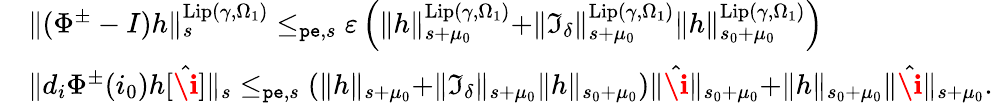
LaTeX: \begin{array}{rl}&{\rVert(\Phi^{\pm}-I)h\rVert_{s}^{\mathrm{Lip}(\gamma,\Omega_{1})}\le_{\mathtt{pe},s}\varepsilon\left(\rVert h\rVert_{s+\mu_{0}}^{\mathrm{Lip}(\gamma,\Omega_{1})}+\rVert\mathfrak{I}_{\delta}\rVert_{s+\mu_{0}}^{\mathrm{Lip}(\gamma,\Omega_{1})}\rVert h\rVert_{s_{0}+\mu_{0}}^{\mathrm{Lip}(\gamma,\Omega_{1})}\right)}\\ &{\rVert d_{i}\Phi^{\pm}(i_{0})h[\hat{\textbf{\i}}]\rVert_{s}\le_{\mathtt{pe},s}\left(\rVert h\rVert_{s+\mu_{0}}+\rVert\mathfrak{I}_{\delta}\rVert_{s+\mu_{0}}\rVert h\rVert_{s_{0}+\mu_{0}}\right)\rVert\hat{\textbf{\i}}\rVert_{s_{0}+\mu_{0}}+\rVert h\rVert_{s_{0}+\mu_{0}}\rVert\hat{\textbf{\i}}\rVert_{s+\mu_{0}}.}\end{array}